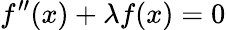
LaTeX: f^{\prime\prime}(x)+\lambda f(x)=0